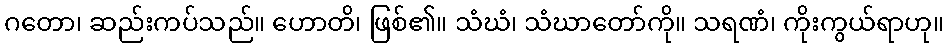
ဂတော၊ ဆည်းကပ်သည်။ ဟောတိ၊ ဖြစ်၏။ သံဃံ၊ သံဃာတော်ကို။ သရဏံ၊ ကိုးကွယ်ရာဟု။